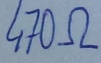
Text: 470Ω